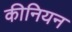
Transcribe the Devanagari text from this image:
कीनियन